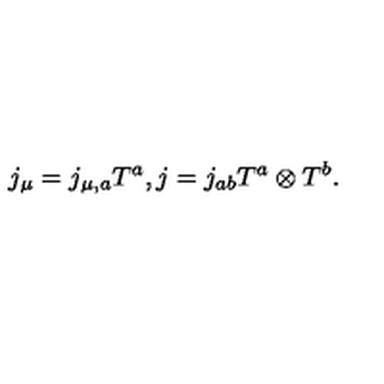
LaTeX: j _ { \mu } = j _ { \mu , a } T ^ { a } , j = j _ { a b } T ^ { a } \otimes T ^ { b } .